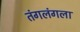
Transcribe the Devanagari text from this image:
तंगलंगला